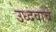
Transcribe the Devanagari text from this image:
उध्दवाचे